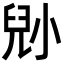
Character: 𡮅